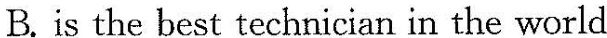
B.is the best technician in the world